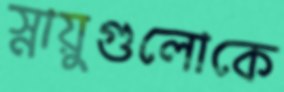
স্নায়ুগুলোকে